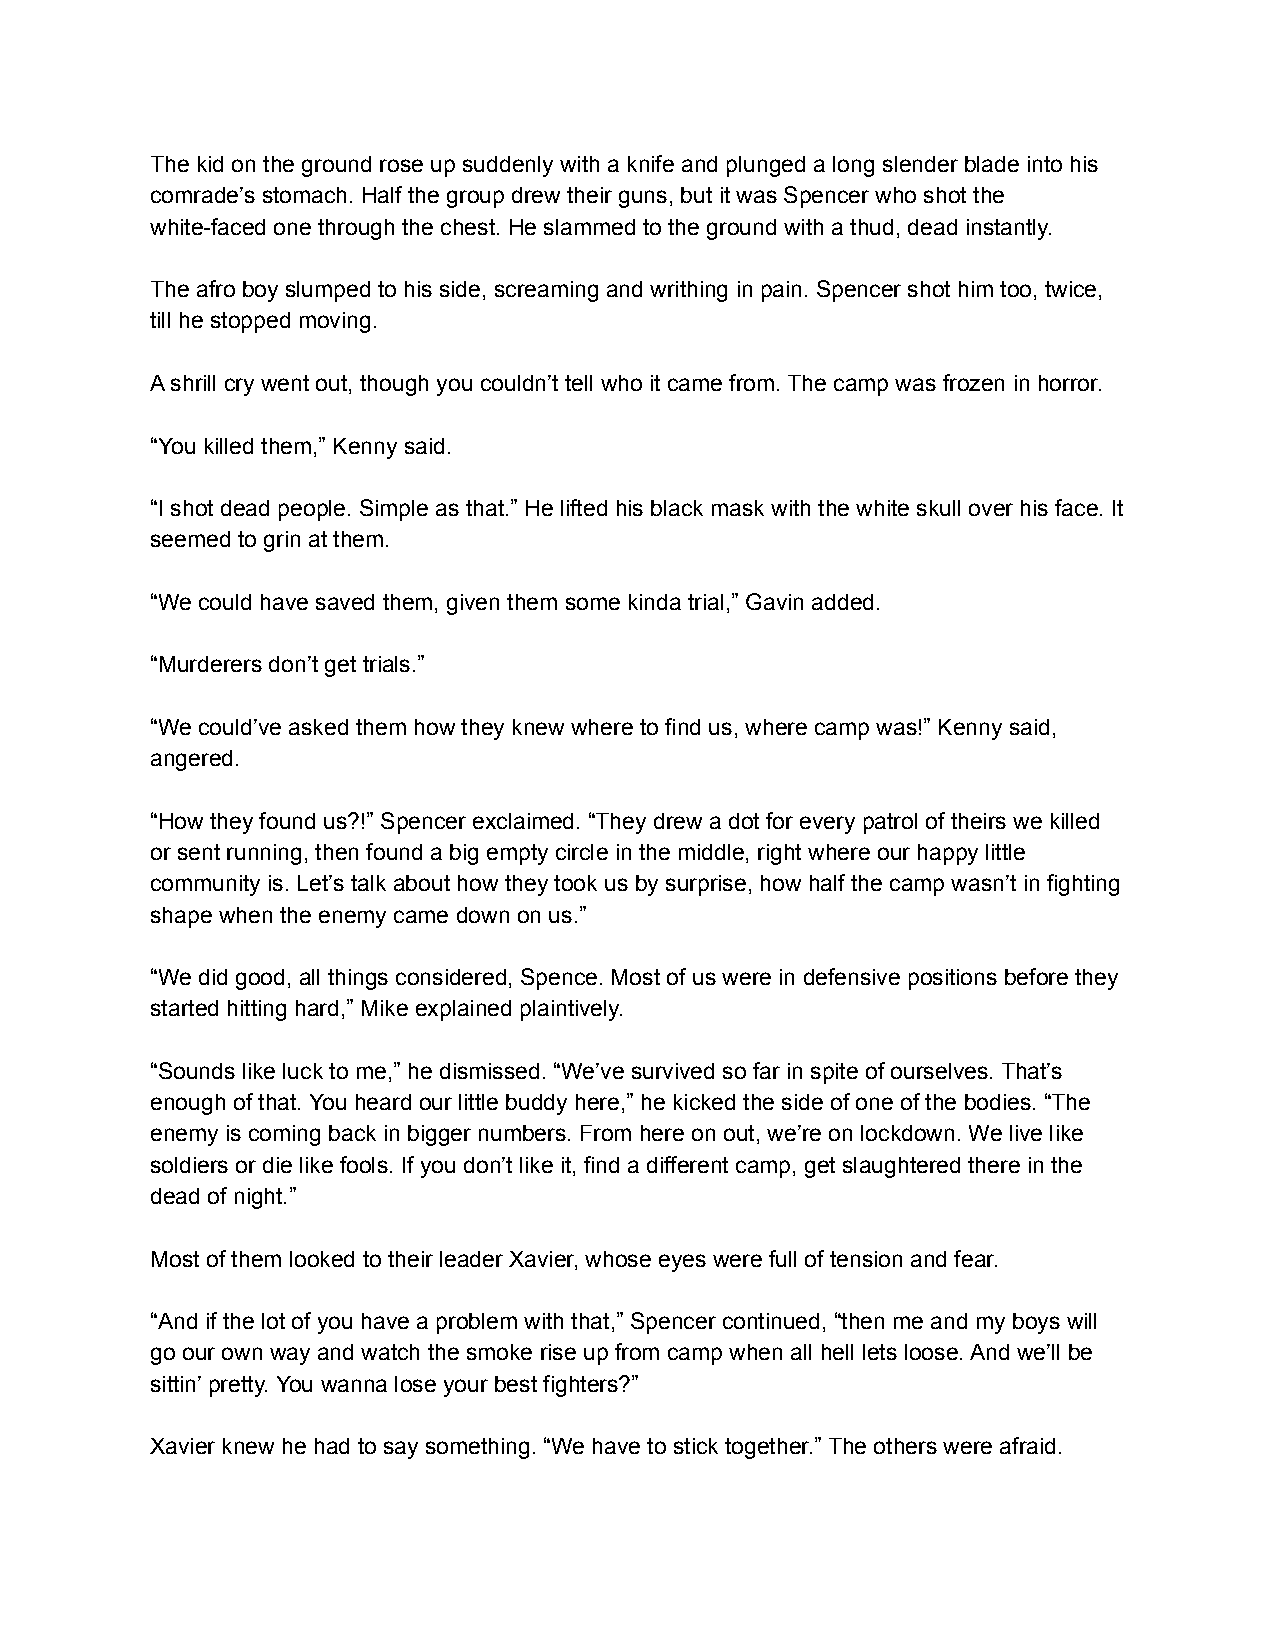
The kid on the ground rose up suddenly with a knife and plunged a long slender blade into his
 comrade’s stomach. Half the group drew their guns, but it was Spencer who shot the
 white-faced one through the chest. He slammed to the ground with a thud, dead instantly.
 The afro boy slumped to his side, screaming and writhing in pain. Spencer shot him too, twice,
 till he stopped moving.
 A shrill cry went out, though you couldn’t tell who it came from. The camp was frozen in horror.
 “You killed them,” Kenny said.
 “I shot dead people. Simple as that.” He lifted his black mask with the white skull over his face. It
 seemed to grin at them.
 “We could have saved them, given them some kinda trial,” Gavin added.
 “Murderers don’t get trials.”
 “We could’ve asked them how they knew where to find us, where camp was!” Kenny said,
 angered.
 “How they found us?!” Spencer exclaimed. “They drew a dot for every patrol of theirs we killed
 or sent running, then found a big empty circle in the middle, right where our happy little
 community is. Let’s talk about how they took us by surprise, how half the camp wasn’t in fighting
 shape when the enemy came down on us.”
 “We did good, all things considered, Spence. Most of us were in defensive positions before they
 started hitting hard,” Mike explained plaintively.
 “Sounds like luck to me,” he dismissed. “We’ve survived so far in spite of ourselves. That’s
 enough of that. You heard our little buddy here,” he kicked the side of one of the bodies. “The
 enemy is coming back in bigger numbers. From here on out, we’re on lockdown. We live like
 soldiers or die like fools. If you don’t like it, find a different camp, get slaughtered there in the
 dead of night.”
 Most of them looked to their leader Xavier, whose eyes were full of tension and fear.
 “And if the lot of you have a problem with that,” Spencer continued, “then me and my boys will
 go our own way and watch the smoke rise up from camp when all hell lets loose. And we’ll be
 sittin’ pretty. You wanna lose your best fighters?”
 Xavier knew he had to say something. “We have to stick together.” The others were afraid.